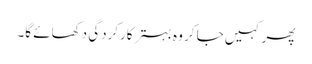
پھر کہیں جا کر وہ بہتر کارکردگی دکھائے گا۔